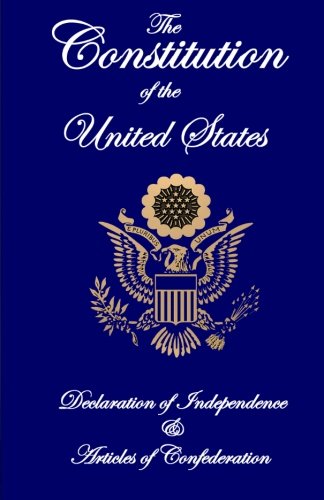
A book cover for The Constitution of the United States, Declaration of Independence, and Articles of Confederation; Founding Fathers; History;